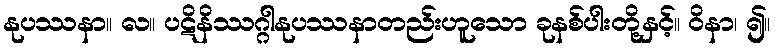
နုပဿနာ။ လ။ ပဋိနိဿဂ္ဂါနုပဿနာတည်းဟူသော ခုနစ်ပါးတို့နှင့်။ ဝိနာ၊ ၍။